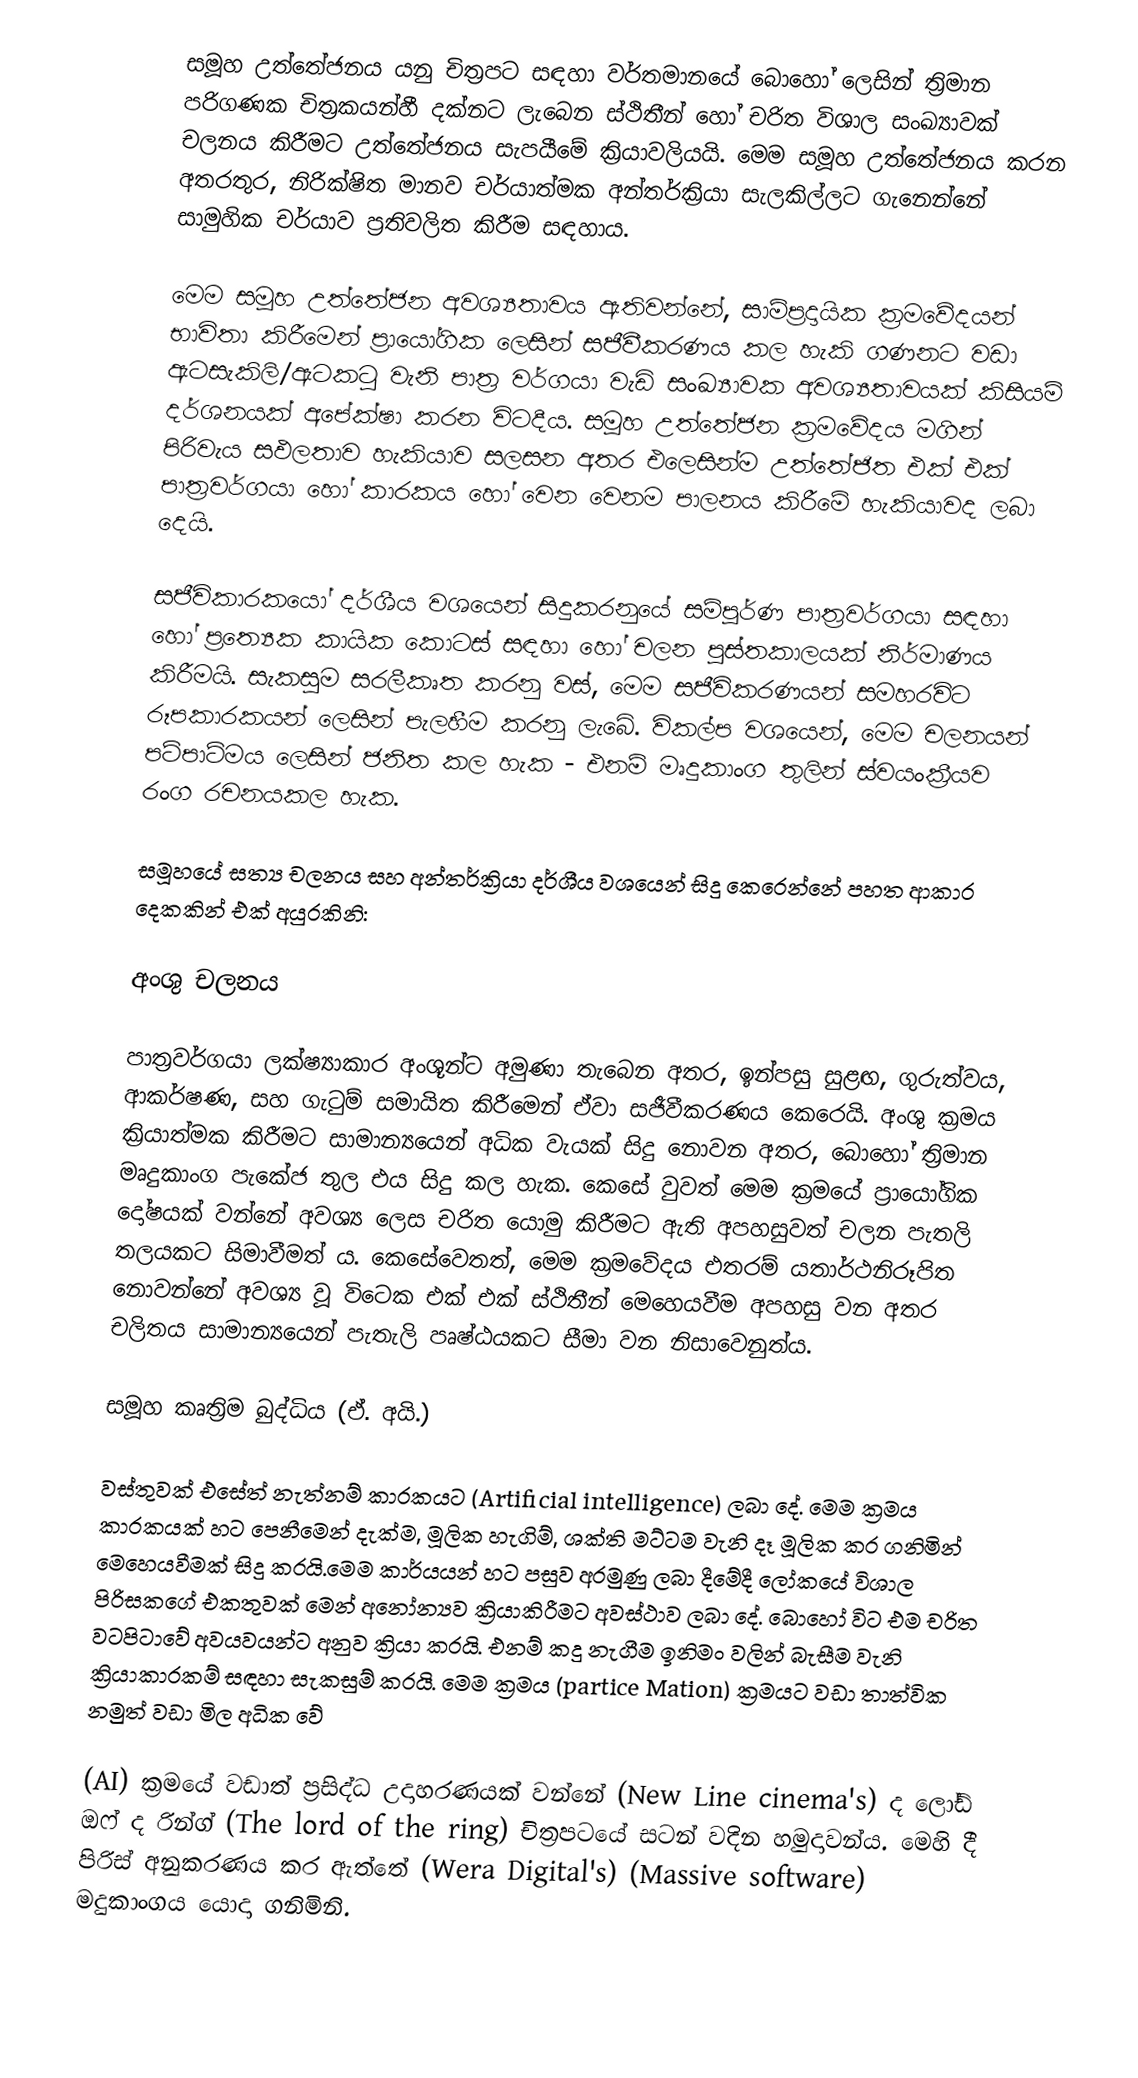
සමූහ උත්තේජනය යනු  චිත්‍රපට සඳහා වර්තමානයේ බොහෝ ලෙසින් ත්‍රිමාන පරිගණක චිත්‍රකයන්හී දක්නට ලැබෙන ස්ථිතීන් හෝ චරිත විශාල සංඛ්‍යාවක් චලනය කිරීමට උත්තේජනය සැපයීමේ ක්‍රියාවලියයි. මෙම සමූහ උත්තේජනය කරන අතරතුර, නිරික්ෂිත මානව චර්යාත්මක අන්තර්ක්‍රියා සැලකිල්ලට ගැනෙන්නේ සාමුහික චර්යාව ප්‍රතිවලිත කිරීම සඳහාය.

මෙම සමූහ උත්තේජන අවශ්‍යතාවය ඇතිවන්නේ, සාම්ප්‍රදායික ක්‍රමවේදයන් භාවිතා කිරීමෙන් ප්‍රායෝගික ලෙසින් සජීවීකරණය කල හැකි ගණනට වඩා ඇටසැකිලි/ඇටකටු වැනි පාත්‍ර වර්ගයා   වැඩි සංඛ්‍යාවක අවශ්‍යතාවයක් කිසියම් දර්ශනයක් අපේක්ෂා කරන විටදීය. සමූහ උත්තේජන ක්‍රමවේදය මගින් පිරිවැය සඵලතාව හැකියාව  සලසන අතර එලෙසින්ම උත්තේජිත එක් එක් පාත්‍රවර්ගයා හෝ කාරකය හෝ  වෙන වෙනම පාලනය කිරීමේ හැකියාවද ලබා දෙයි.

සජීවිකාරකයෝ දර්ශීය වශයෙන් සිදුකරනුයේ සම්පූර්ණ පාත්‍රවර්ගයා සඳහා හෝ ප්‍රත්‍යෙක කායික කොටස් සඳහා හෝ චලන පුස්තකාලයක් නිර්මාණය කිරීමයි. සැකසුම සරලීකෘත කරනු වස්, මෙම සජීවිකරණයන් සමහරවිට  රූපකාරකයන් ලෙසින් පැලහීම කරනු ලැබේ. විකල්ප වශයෙන්, මෙම චලනයන්  පටිපාටිමය ලෙසින් ජනිත කල හැක - එනම් මෘදුකාංග තුලින් ස්වයංක්‍රීයව රංග රචනයකල හැක.

සමූහයේ සත්‍ය චලනය සහ අන්තර්ක්‍රියා දර්ශීය වශයෙන් සිදු කෙරෙන්නේ පහත ආකාර දෙකකින් එක් අයුරකිනි:

අංශු චලනය

පාත්‍රවර්ගයා ලක්ෂ්‍යාකාර  අංශූන්ට අමුණා තැබෙන අතර, ඉන්පසු සුළඟ, ගුරුත්වය, ආකර්ෂණ, සහ ගැටුම් සමායිත කිරීමෙන් ඒවා සජීවීකරණය කෙරෙයි. අංශු ක්‍රමය ක්‍රියාත්මක කිරීමට සාමාන්‍යයෙන් අධික වැයක් සිදු නොවන  අතර, බොහෝ ත්‍රිමාන මෘදුකාංග පැකේජ තුල එය සිදු කල හැක.  කෙසේ වුවත් මෙම ක්‍රමයේ ප්‍රායෝගික ‍දෝෂයක් වන්නේ අවශ්‍ය ලෙස චරිත යොමු කිරීමට ඇති අපහසුවත් චලන පැතලි තලයකට සිමාවීමත් ය. කෙසේවෙතත්, මෙම ක්‍රමවේදය එතරම් යතාර්ථනිරූපිත නොවන්නේ අවශ්‍ය වූ විටෙක එක් එක් ස්ථිතීන් මෙහෙයවීම අපහසු වන අතර චලිතය සාමාන්‍යයෙන් පැතැලි පෘෂ්ඨයකට සීමා වන නිසාවෙනුත්ය.

සමූහ කෘත්‍රිම බුද්ධිය (ඒ. අයි.)

වස්තුවක් එසේත් නැත්නම් කාරකයට (Artificial intelligence) ලබා දේ. මෙම ක්‍රමය කාරකයක් හට පෙනීමෙන් දැක්ම, මූලික හැගිම්, ශක්ති මට්ටම වැනි දෑ මූලික කර ගනිමින් මෙහෙයවීමක් සිදු කරයි.‍මෙම කාර්යයන් හට පසුව අරමුණු ලබා දීමේදී ලෝකයේ විශාල පිරිසකගේ එකතුවක් මෙන් අනෝන්‍යව ක්‍රියාකිරීමට අවස්ථාව ලබා දේ. බොහෝ විට එම චරිත වටපිටාවේ අවයවයන්ට අනුව ක්‍රියා කරයි. එනම් කදු නැගීම ඉනිමං වලින් බැසීම වැනි ක්‍රියාකාරකම් සඳහා සැකසුම් කරයි. මෙම ක්‍රමය (partice Mation) ක්‍රමයට වඩා තාත්වික නමුත් වඩා මිල අධික වේ

(AI) ක්‍රමයේ වඩාත් ප්‍රසිද්ධ උදාහරණයක් වන්නේ (New Line cinema's) ද ලෝඩ් ඔෆ් ද රින්ග් (The lord of the ring) චිත්‍රපටයේ සටන් වදින හමුදාවන්ය. මෙහි දී පිරිස් අනුකරණය කර ඇත්තේ (Wera Digital's) (Massive software) මදුකාංගය යොදා ගනිමිනි.